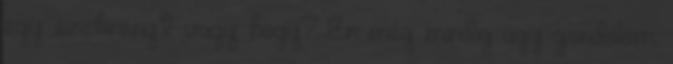
egy szekrényt vagy hogy? Én még mindig úgy gondolom,